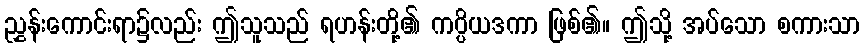
ညွှန်းကောင်းရာ၌လည်း ဤသူသည် ရဟန်းတို့၏ ကပ္ပိယဒကာ ဖြစ်၏။ ဤသို့ အပ်သော စကားသာ